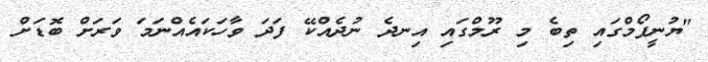
"ޔުނީފޯމްގައި ތިބެ މި ރޫމްގައި އިނދެ ނުދެއްކޭ ފަދަ ވާހަކައެއްނަމަ ވަރަށް ބޮޑަށް